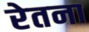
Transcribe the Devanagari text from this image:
रेतना